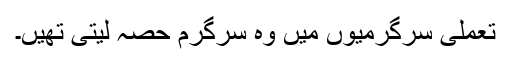
تعملی سرگرمیوں میں وہ سرگرم حصہ لیتی تھیں۔